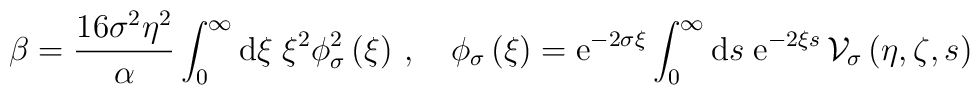
\beta=\frac{16\sigma^2\eta^2}{\alpha}\int_0^\infty{\rm d}\xi\;\xi^2\phi_\sigma^2\left(\xi\right)\,,\quad\phi_\sigma\left(\xi\right)={\rm e}^{-2\sigma\xi}\int_0^\infty{\rm d} s\;{\rm e}^{-2\xi s}\,{\cal V}_\sigma\left(\eta,\zeta,s\right)